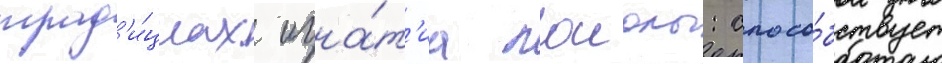
трад'и́циах игна́т'иа лоиолы: спосо́бствует